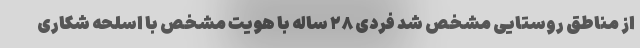
از مناطق روستایی مشخص شد فردی ۲۸ ساله با هویت مشخص با اسلحه شکاری